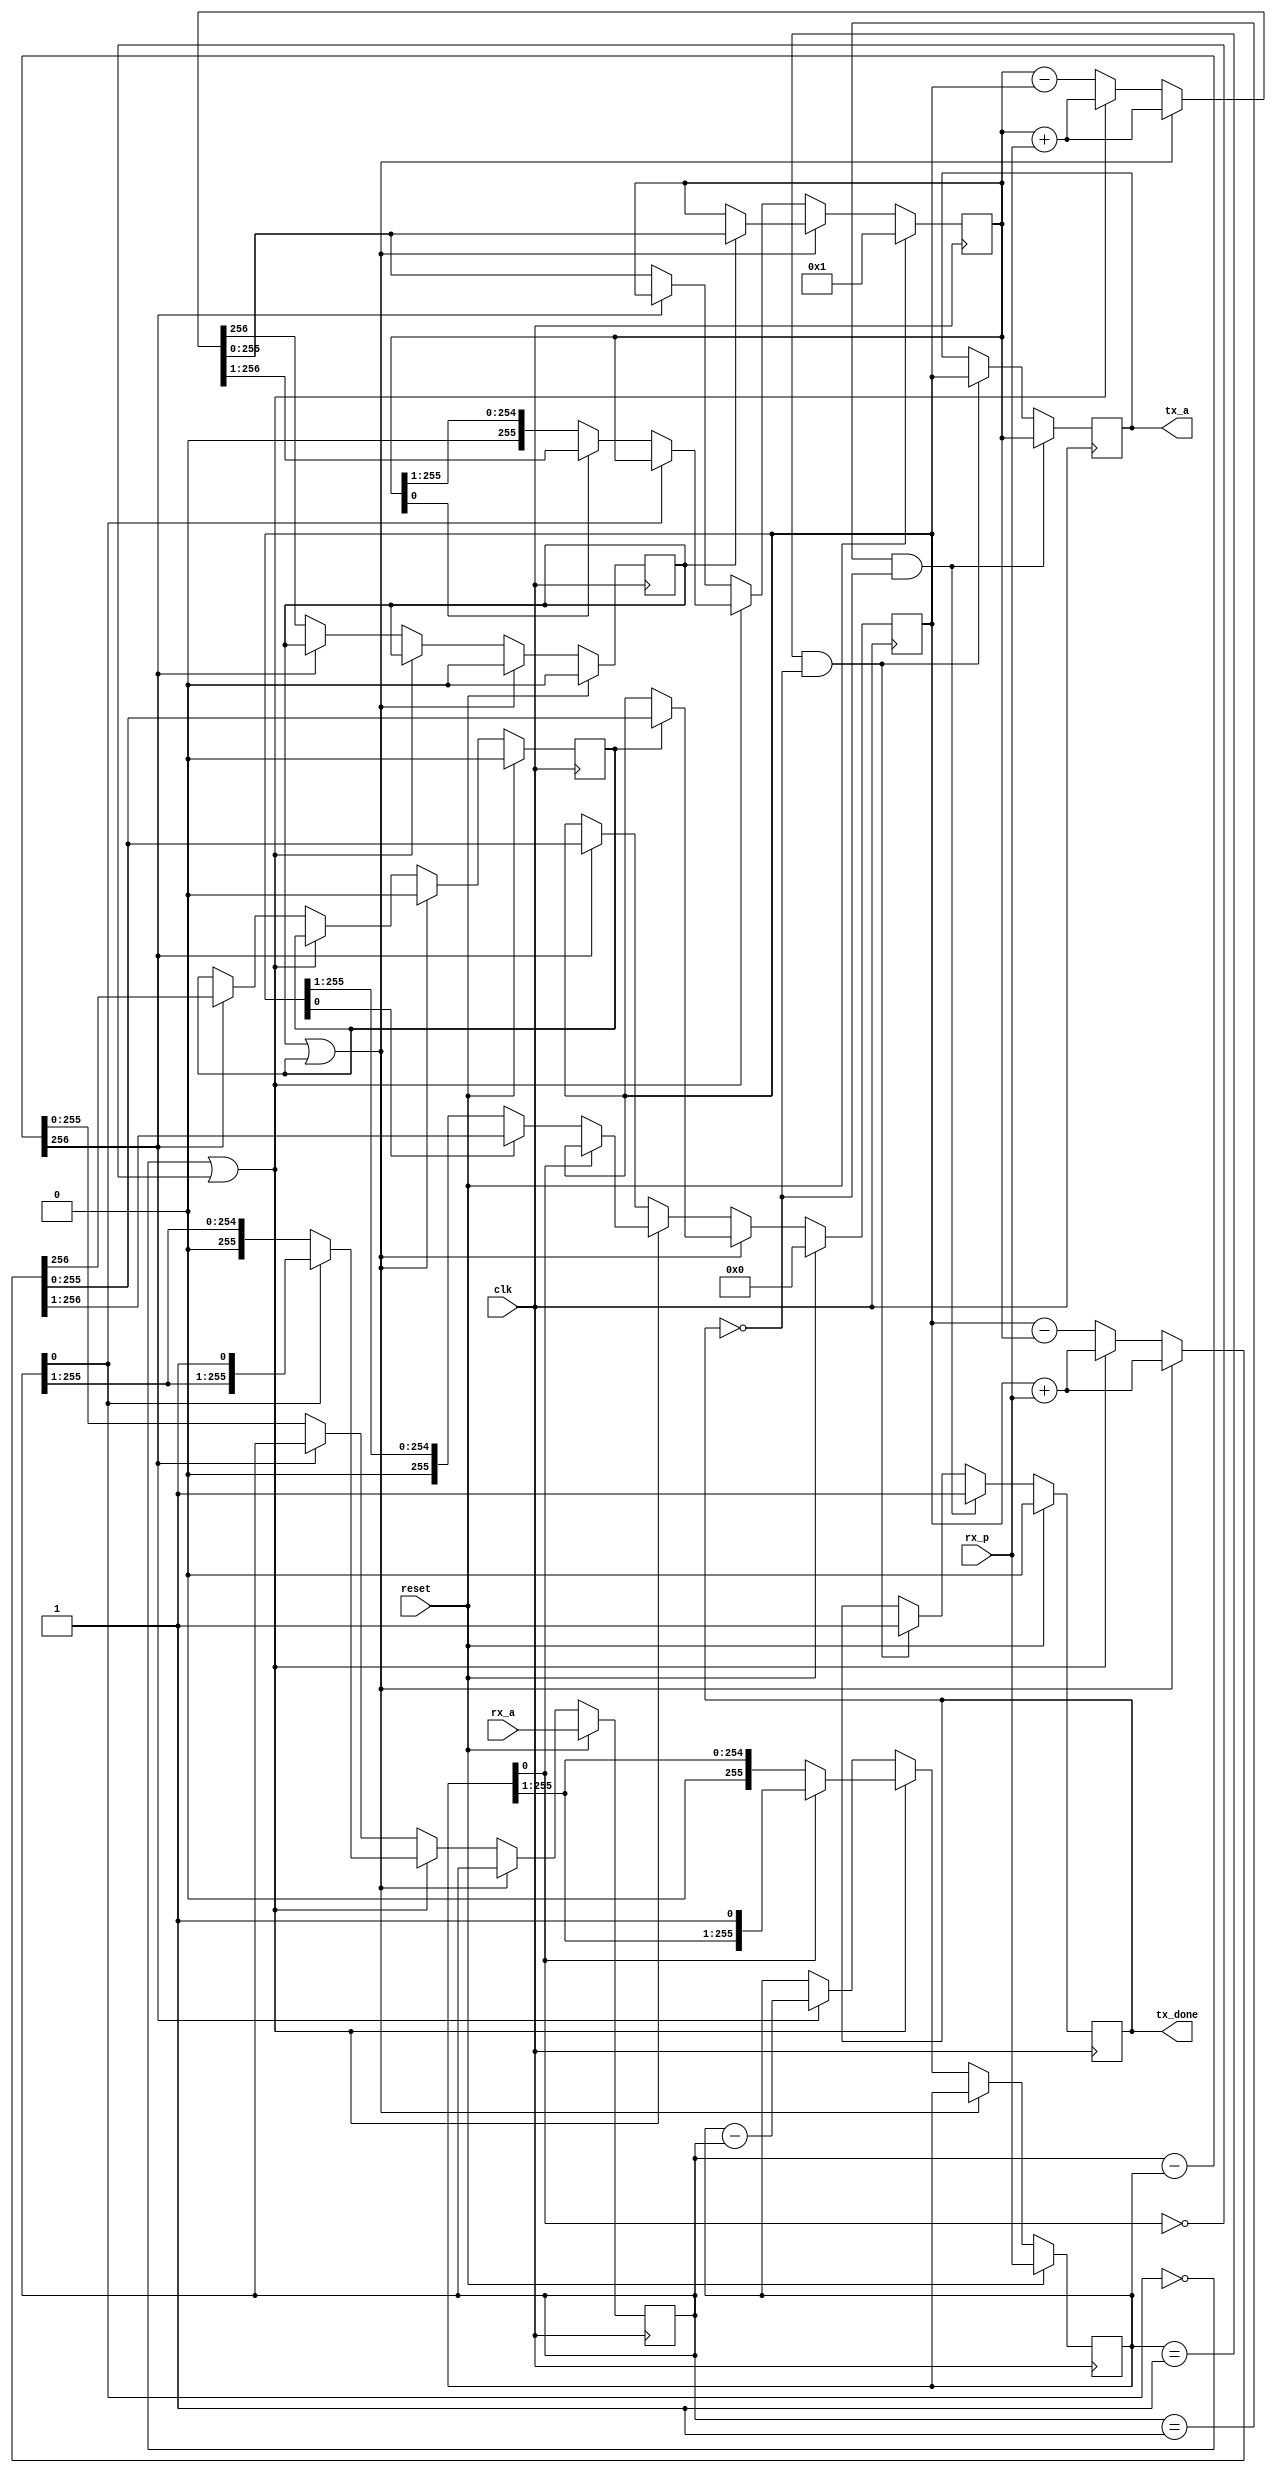
module ff_inv (
	input clk,
	input reset,
	input [255:0] rx_a,
	input [255:0] rx_p,

	output reg tx_done,
	output reg [255:0] tx_a
);

	reg [255:0] u, v, x, y;
	reg x_carry, y_carry;

	wire u_even = u[0] == 1'b0;
	wire v_even = v[0] == 1'b0;
	wire [256:0] u_minus_v = {1'b0, u} - {1'b0, v};
	wire [256:0] v_minus_u = {1'b0, v} - {1'b0, u};
	reg [256:0] x_adder, y_adder;


	always @ (*)
	begin
		if (x_carry || y_carry)
		begin
			x_adder = x + rx_p;
			y_adder = y + rx_p;
		end
		else if (u_even || v_even)
		begin
			x_adder = x + rx_p;
			y_adder = y + rx_p;
		end
		else
		begin
			x_adder = x - y;
			y_adder = y - x;
		end
	end


	always @ (posedge clk)
	begin
		// We are finished if u or v are equal to 1.
		// Latch result.
		if (u == 256'd1 && !tx_done)
		begin
			tx_done <= 1'b1;
			tx_a <= x;
		end
		else if (v == 256'd1 && !tx_done)
		begin
			tx_done <= 1'b1;
			tx_a <= y;
		end

		if (x_carry || y_carry)
		begin
			x <= x_carry ? x_adder[255:0] : x;
			y <= y_carry ? y_adder[255:0] : y;
			x_carry <= 1'b0;
			y_carry <= 1'b0;
		end
		else if (u_even || v_even)
		begin
			if (u_even)
			begin
				u <= u >> 1;
				if (x[0] == 1'b0)
					x <= x >> 1;
				else
					x <= x_adder[256:1];
			end

			if (v_even)
			begin
				v <= v >> 1;
				if (y[0] == 1'b0)
					y <= y >> 1;
				else
					y <= y_adder[256:1];
			end
		end
		else
		begin
			if (u_minus_v[256] == 1'b0)	// if u >= v
			begin
				u <= u_minus_v;
				x <= x_adder[255:0];
				x_carry <= x_adder[256];
			end
			else
			begin
				v <= v_minus_u;
				y <= y_adder[255:0];
				y_carry <= y_adder[256];
			end
		end

		// Restart calculations with new inputs
		if (reset)
		begin
			u <= rx_a;
			v <= rx_p;
			x <= 256'd1;
			y <= 256'd0;
			x_carry <= 1'b0;
			y_carry <= 1'b0;
			tx_done <= 1'b0;
		end
	end

endmodule